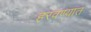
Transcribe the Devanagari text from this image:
हरवण्यात